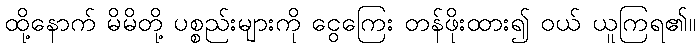
ထို့နောက် မိမိတို့ ပစ္စည်းများကို ငွေကြေး တန်ဖိုးထား၍ ဝယ် ယူကြရ၏။